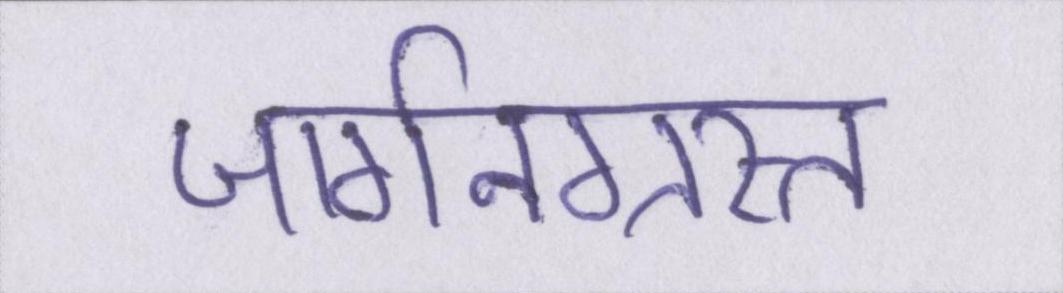
जार्गनग्रस्त